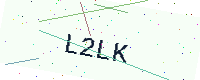
Text: L2LK